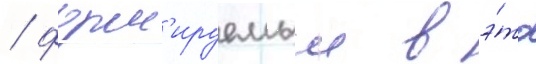
/ форм'ируемыи в э́то